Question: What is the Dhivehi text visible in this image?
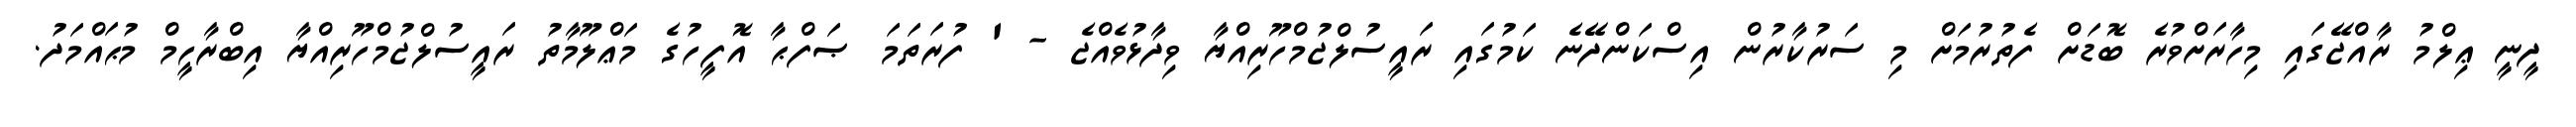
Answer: ދީނީ ޢިލްމު ރާއްޖޭގައި މިހާރަށްވުރެ ބޮޑަށް ފެތުރުމަށް މި ސަރުކާރުން އިސްކަންދޭނެ ކަމުގައި ރައީސުލްޖުމްހޫރިއްޔާ ވިދާޅުވެއްޖެ - ' ފުރަތަމަ ޞަފްޙާ އޮފީހުގެ މަޢްލޫމާތު ރައީސުލްޖުމްހޫރިއްޔާ އިބްރާހީމް މުޙައްމަދު.